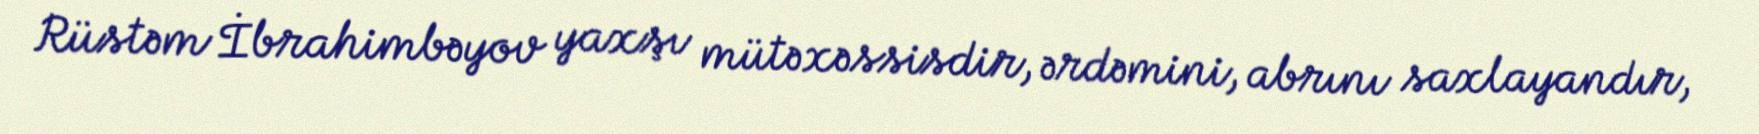
Rüstəm İbrahimbəyov yaxşı mütəxəssisdir, ərdəmini, abrını saxlayandır,